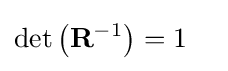
\det \left(\mathbf {R} ^{-1}\right)=1\quad